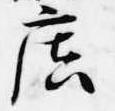
廣